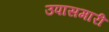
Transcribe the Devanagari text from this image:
उपासमारी